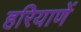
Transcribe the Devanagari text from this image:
हरियाणें